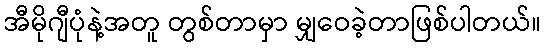
အီမိုဂျီပုံနဲ့အတူ တွစ်တာမှာ မျှဝေခဲ့တာဖြစ်ပါတယ်။